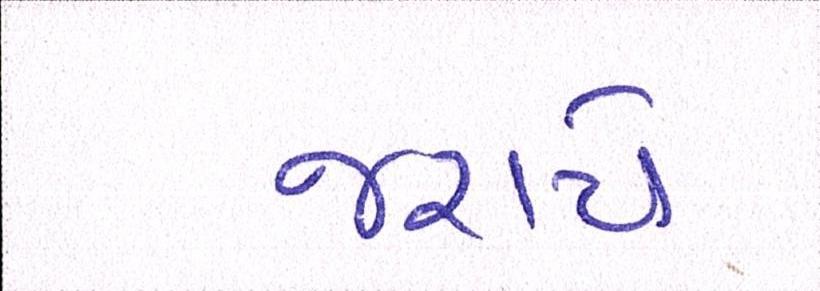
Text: જરાયે